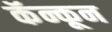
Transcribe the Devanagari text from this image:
कॅन्कून